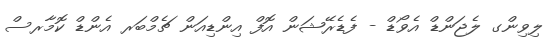
ލިވިންގ ލެޖަންޑް އެވޯޑް - ފެޑެރޭޝަން އޮފް އިންޑިއަން ޗެމްބަރ އެންޑް ކޮމާރސް